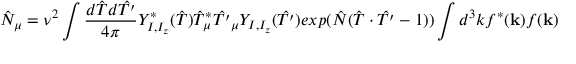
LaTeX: \hat { N } _ { \mu } = \nu ^ { 2 } \int \frac { d \hat { T } d \hat { T ^ { \prime } } } { 4 \pi } Y _ { I , I _ { z } } ^ { \ast } ( \hat { T } ) \hat { T } _ { \mu } ^ { \ast } \hat { T ^ { \prime } } _ { \mu } Y _ { I , I _ { z } } ( \hat { T ^ { \prime } } ) e x p ( \hat { N } ( \hat { T } \cdot \hat { T ^ { \prime } } - 1 ) ) \int d ^ { 3 } k f ^ { \ast } ( { \bf k } ) f ( { \bf k } )